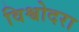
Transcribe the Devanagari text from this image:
विश्वोदरा